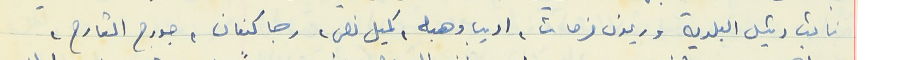
نائب رئيس البلدية وريمون فرحات، اديب وهبه، كميل نصر، رجا كنعان، جورج القارح،